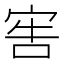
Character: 𡨟